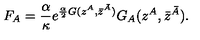
F _ { A } = \frac { \alpha } { \kappa } e ^ { \frac { \alpha } { 2 } G ( z ^ { A } , \bar { z } ^ { \bar { A } } ) } G _ { A } ( z ^ { A } , \bar { z } ^ { \bar { A } } ) .